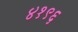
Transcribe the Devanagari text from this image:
४१९६